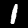
Label: 1